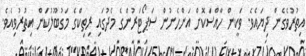
އިތުރުވެގެން ދިޔައެވެ. ވަކީން ހާއްސަކޮށް އަންހެނުން ސަޕޯޓަރުންގެ މެދުގައި ރިތިކްގެ މަގުބޫލުކަން އިތުރުވިއެވެ.